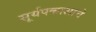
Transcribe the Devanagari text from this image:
सूर्यपकाशाचे